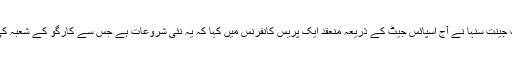
شہری ہوابازی کے وزیر مملکت جینت سنہا نے آج اسپائس جیٹ کے ذریعہ منعقد ایک پریس کانفرنس میں کہا کہ یہ نئی شروعات ہے جس سے کارگو کے شعبہ کی ترقی کی رفتار مزید تیز ہوگی۔